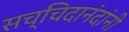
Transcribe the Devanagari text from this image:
सच्चिदानंदांनी